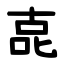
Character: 㖛